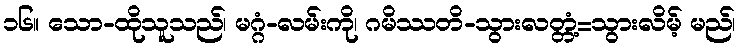
၁၆။ သော-ထိုသူသည်၊ မဂ္ဂံ-လမ်းကို၊ ဂမိဿတိ-သွားလတ္တံ့=သွားလိမ့် မည်၊